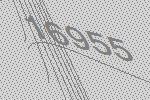
16955